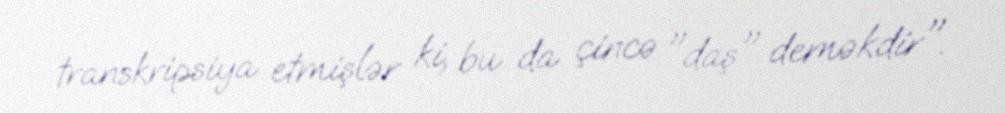
transkripsiya etmişlər ki, bu da çincə "daş" deməkdir".